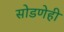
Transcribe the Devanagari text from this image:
सोडणेही